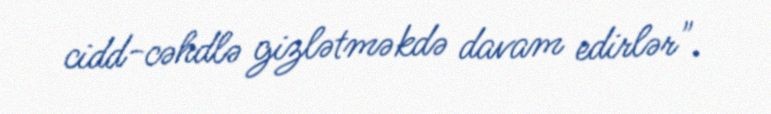
cidd-cəhdlə gizlətməkdə davam edirlər".